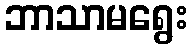
ဘာသာမရွေး